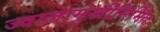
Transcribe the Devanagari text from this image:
ज्वालामुखीनिर्मित